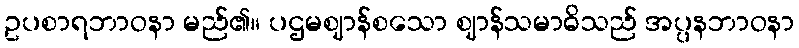
ဥပစာရဘာဝနာ မည်၏။ ပဌမဈာန်စသော ဈာန်သမာဓိသည် အပ္ပနဘာဝနာ